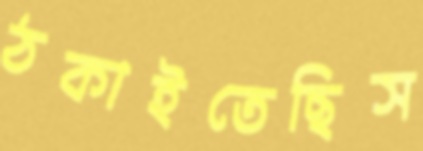
ঠকাইতেছিস